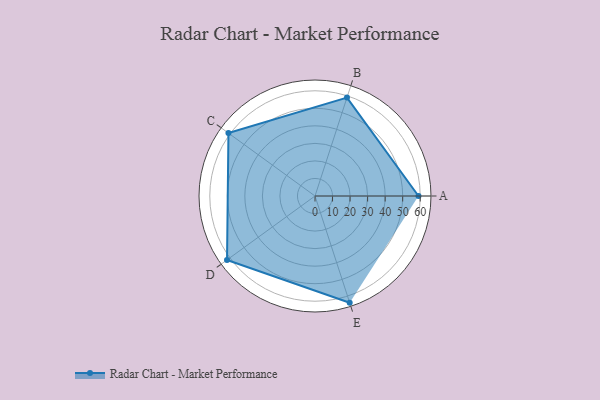
{"axis": {"x": "Skill", "y": "Score"}, "legend": ["Profile"], "data": [{"x": "A", "y": 59.0, "type": "Profile"}, {"x": "B", "y": 59.0, "type": "Profile"}, {"x": "C", "y": 61.0, "type": "Profile"}, {"x": "D", "y": 62.0, "type": "Profile"}, {"x": "E", "y": 64.0, "type": "Profile"}]}